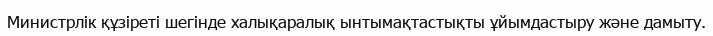
Министрлік құзіреті шегінде халықаралық ынтымақтастықты ұйымдастыру және дамыту.